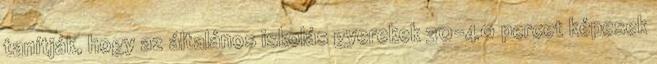
tanítják, hogy az általános iskolás gyerekek 30-40 percet képesek